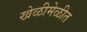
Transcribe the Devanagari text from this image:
खेळीमेळीत